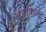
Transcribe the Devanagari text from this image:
अवाकात्ल